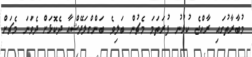
މުބާރާތުގައި ރާއްޖެ ކުޅުނު ފުރަތަމަ މެޗުން ބަލިވެ ބަންގްލަދޭޝްއާ ދެކޮޅަށް ދެވަނަ މެޗަށް